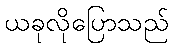
ယခုလိုပြောသည်